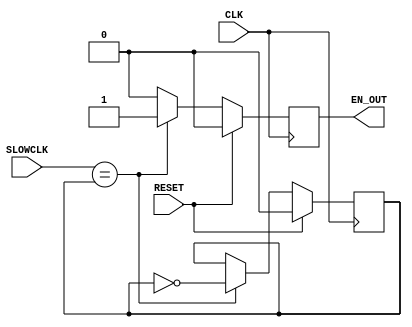
`timescale 1ns / 1ps

////////////////////////////////////////////////////////////////////////
//
//  This file is part of Descrypt Ztex Bruteforcer
//  Copyright (C) 2014 Alexey Osipov <giftsungiv3n at gmail dot com>
//
//  This program is free software: you can redistribute it and/or modify
//  it under the terms of the GNU General Public License as published by
//  the Free Software Foundation, either version 3 of the License, or
//  (at your option) any later version.
//
//  This program is distributed in the hope that it will be useful,
//  but WITHOUT ANY WARRANTY; without even the implied warranty of
//  MERCHANTABILITY or FITNESS FOR A PARTICULAR PURPOSE. See the
//  GNU General Public License for more details.
//
//  You should have received a copy of the GNU General Public License
//  along with this program. If not, see <http://www.gnu.org/licenses/>.
//
////////////////////////////////////////////////////////////////////////

module slower(
input CLK,
input SLOWCLK,
input RESET,
output EN_OUT
    );
	reg internal_rst;
	reg cur;

	always @(posedge CLK)
	begin
		if (RESET == 1'b1)
		begin
			cur <= 1'b0;
			internal_rst <= 1'b0;
		end
		else
		begin
			if (SLOWCLK == cur) 
			begin
				cur <= ~cur;
				internal_rst <= 1'b1;
			end
			else if (internal_rst == 1'b1)
			begin
				internal_rst <= 1'b0;
			end
		end
	end

	assign EN_OUT = internal_rst;

endmodule


(* FSM_ENCODING="gray" *)
(* FSM_STYLE="bram" *)
module srl8_to_64(clk, enable, reset, dataIn, ready, result); 
	input clk, enable, reset; 
	input [7:0] dataIn; 

	output ready; 
	output [63:0] result; 
	reg [7:0] regBank[7:0]; 
	reg [3:0] status_int;

	integer i; 

	parameter s1=0, s2=1, s3=2, s4=3, s5=4, s6=5, s7=6, s8=7, s9=8; 

	always @(posedge clk)
	begin
		if (reset == 1)
		begin
			status_int <= s1;
		end else 
		if (enable == 0)
		begin
			regBank[0] <= dataIn; 
			for (i=7; i>0; i=i-1) begin 
				regBank[i] <= regBank[i-1]; 
			end 
		end
		case (status_int)
			s1: if (enable == 0)status_int <= s2;
			s2: if (enable == 0)status_int <= s3;
			s3: if (enable == 0)status_int <= s4;
			s4: if (enable == 0)status_int <= s5;
			s5: if (enable == 0)status_int <= s6;
			s6: if (enable == 0)status_int <= s7;
			s7: if (enable == 0)status_int <= s8;
			s8: if (enable == 0)status_int <= s9;
			s9: begin
				if (enable == 0) 
					status_int <= s2;
				else
					status_int <= s1;
				end
			default: status_int <= s1;
		endcase
	end
	
	assign result = (status_int == s9) ? {regBank[7], regBank[6], regBank[5], regBank[4], regBank[3], regBank[2], regBank[1], regBank[0]} : 64'h0; 
	assign ready = (status_int == s9) ? 1'b0 : 1'b1;
endmodule